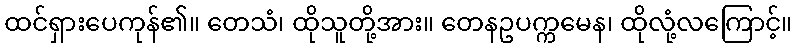
ထင်ရှားပေကုန်၏။ တေသံ၊ ထိုသူတို့အား။ တေနဥပက္ကမေန၊ ထိုလုံ့လကြောင့်။